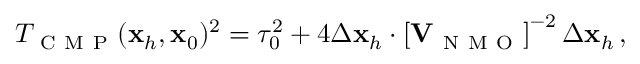
{ \cal T } _ { \mathrm { ~ C ~ M ~ P ~ } } ( { \bf x } _ { h } , { \bf x } _ { 0 } ) ^ { 2 } = \tau _ { 0 } ^ { 2 } + 4 \Delta { \bf x } _ { h } \cdot \left[ { \bf V } _ { \mathrm { ~ N ~ M ~ O ~ } } \right] ^ { - 2 } \Delta { \bf x } _ { h } \, ,